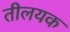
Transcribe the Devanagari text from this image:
तीलयक